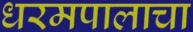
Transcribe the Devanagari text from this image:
धरमपालाचा